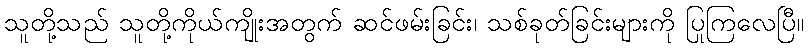
သူတို့သည် သူတို့ကိုယ်ကျိုးအတွက် ဆင်ဖမ်းခြင်း၊ သစ်ခုတ်ခြင်းများကို ပြုကြလေပြီ။